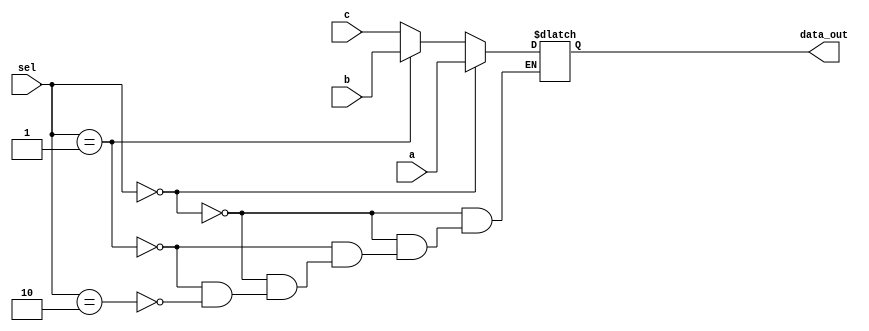
`timescale 1ns / 1ps
//////////////////////////////////////////////////////////////////////////////////
// Company: 
// Engineer: 
// 
// Design Name: 
// Module Name: Mux_3x1
// Project Name: 
// Target Devices: 
// Tool Versions: 
// Description: 
// 
// Dependencies: 
// 
// Revision:
// Revision 0.01 - File Created
// Additional Comments:
// 
//////////////////////////////////////////////////////////////////////////////////


module MUX_3x1(
    input [63:0] a, b, c,
    input [1:0] sel,
    output reg [63:0] data_out
);

always @ (a, b, c, sel) begin

    if (sel == 2'b00) begin
        data_out = a;
    end
    else if (sel == 2'b01) begin
        data_out = b;
    end
    else if(sel == 2'b10) begin
        data_out = c;
    end
end
endmodule